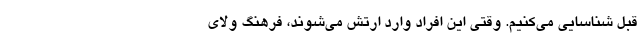
قبل شناسایی می‌کنیم. وقتی این افراد وارد ارتش می‌شوند، فرهنگ ولای